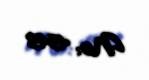
№: 4545